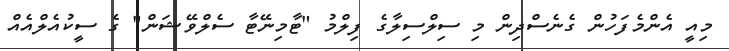
މިއީ އެންމެފަހުން ގެނެސްދިން މި ސިލްސިލާގެ ފިލްމު "ޓާމިނޭޓާ ސެލްވޭޝަން" ގެ ސީކުއެލްއެއް